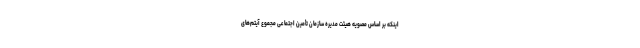
اینکه بر اساس مصویه هیئت مدیره سازمان تأمین اجتماعی مجموع آیتم‌های